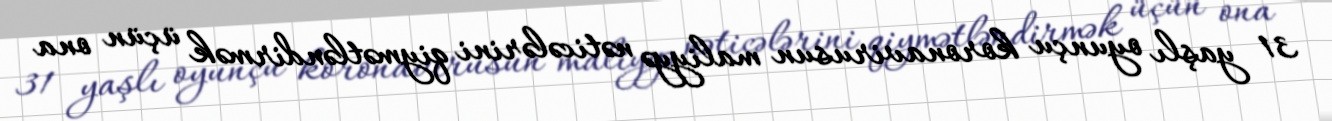
31 yaşlı oyunçu koronavirusun maliyyə nəticələrini qiymətləndirmək üçün ona